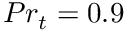
P r _ { t } = 0 . 9